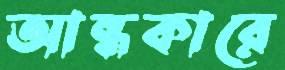
আন্ধকারে